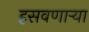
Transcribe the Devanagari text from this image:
हसवणाऱ्या